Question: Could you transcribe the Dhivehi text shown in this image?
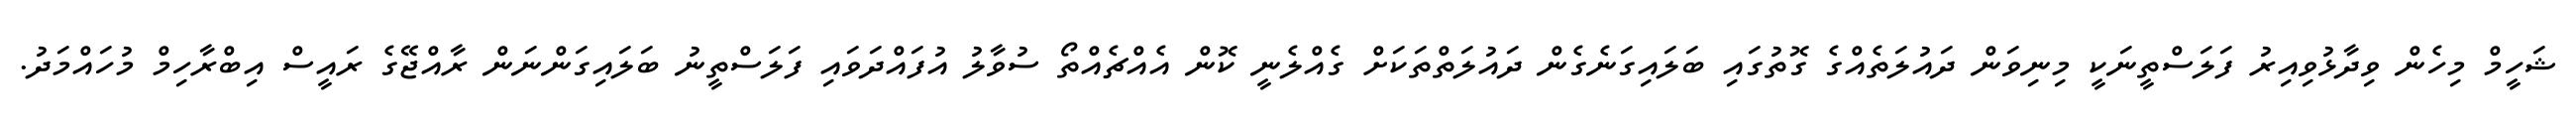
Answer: ޝަހީމް މިހެން ވިދާޅުވިއިރު ފަލަސްތީނަކީ މިނިވަން ދައުލަތެއްގެ ގޮތުގައި ބަލައިގަނެގެން ދައުލަތްތަކަށް ގެއްލެނީ ކޮން އެއްޗެއްތޯ ސުވާލު އުފައްދަވައި ފަލަސްތީނު ބަލައިގަންނަން ރާއްޖޭގެ ރައީސް އިބްރާހިމް މުހައްމަދު.